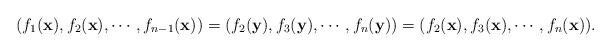
\begin{align*} (f_1(\mathbf{x}),f_2(\mathbf{x}),\cdots,f_{n-1}(\mathbf{x}))=(f_2(\mathbf{y}),f_3(\mathbf{y}),\cdots,f_n(\mathbf{y}))=(f_2(\mathbf{x}),f_3(\mathbf{x}),\cdots,f_n(\mathbf{x})).\end{align*}